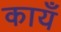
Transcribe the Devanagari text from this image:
कायँ